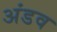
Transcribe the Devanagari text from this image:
अंडव